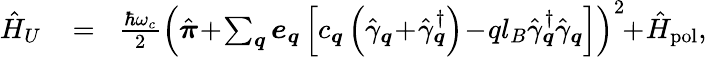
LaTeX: \begin{array}{rlr}{\hat{H}_{U}}&{{}\! =\! }&{\frac{\hbar\omega_{c}}{2}\left(\hat{\boldsymbol{\pi}}\! +\! \sum_{\boldsymbol{q}}\boldsymbol{e}_{\boldsymbol{q}}\left[c_{\boldsymbol{q}}\left(\hat{\gamma}_{\boldsymbol{q}}\! +\! \hat{\gamma}_{\boldsymbol{q}}^{\dagger}\right)\! -\! ql_{B}\hat{\gamma}_{\boldsymbol{q}}^{\dagger}\hat{\gamma}_{\boldsymbol{q}}\right]\right)^{2}\! \! +\! \hat{H}_{\mathrm{pol}},}\end{array}